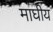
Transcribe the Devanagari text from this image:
माघीय